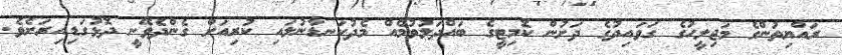
ރައްޔިތުންގެ މަޖިލީހުގެ ގަވައިދުގެ ދަށުން ކޮމިޓީގެ ބައްދަލުވުމެއް މެދުކަނޑާނުލައި ކުރިއަށް ގެންދެވޭނީ ދޮޅުގަޑިއިރަށެވެ.